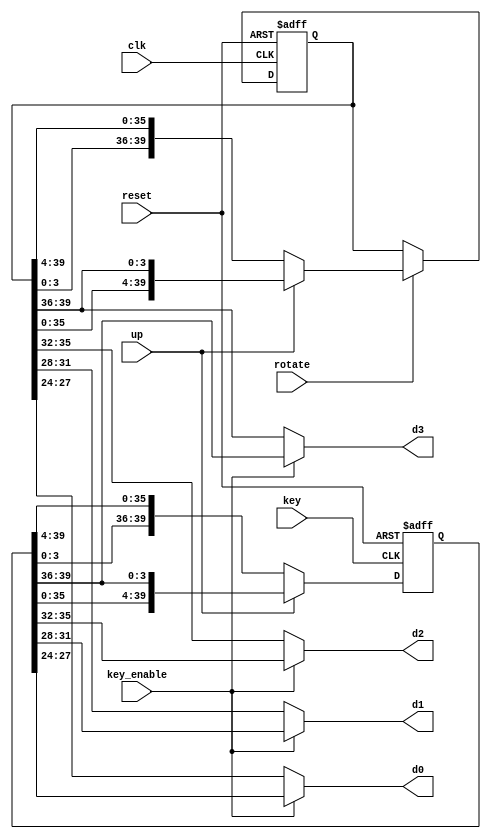
module LED_circulate(
    input clk,
    input reset,
    input key,
    input key_enable,
    input up,//1
    input rotate,
    output [3:0] d3,d2,d1,d0
);

reg [39:0] const ;
reg [39:0] const1;

always @(posedge clk or posedge reset) begin
    if (reset) begin
        const <= {{4'd0},{4'd1},{4'd2},{4'd3},{4'd4},{4'd5},{4'd6},{4'd7},{4'd8},{4'd9}};
    end
    else begin
        if (rotate) begin
            if (up) begin
                const <= {{const[35:0]},{const[39:36]}};
            end
            else begin
                const <= {{const[3:0]},{const[39:4]}};
            end
        end
        else const <=const;
        end
end

always @(posedge key or posedge reset) begin
    if (reset) begin
        const1 <= {{4'd0},{4'd1},{4'd2},{4'd3},{4'd4},{4'd5},{4'd6},{4'd7},{4'd8},{4'd9}};
    end
    else begin
            if (up) begin
                const1 <= {{const1[35:0]},{const1[39:36]}};
            end
            else begin
                const1 <= {{const1[3:0]},{const1[39:4]}};
            end
        end
       
end
assign d3 = key_enable?const1[39:36]:const[39:36];
assign d2 = key_enable?const1[35:32]:const[35:32];
assign d1 = key_enable?const1[31:28]:const[31:28];
assign d0 = key_enable?const1[27:24]:const[27:24];
endmodule